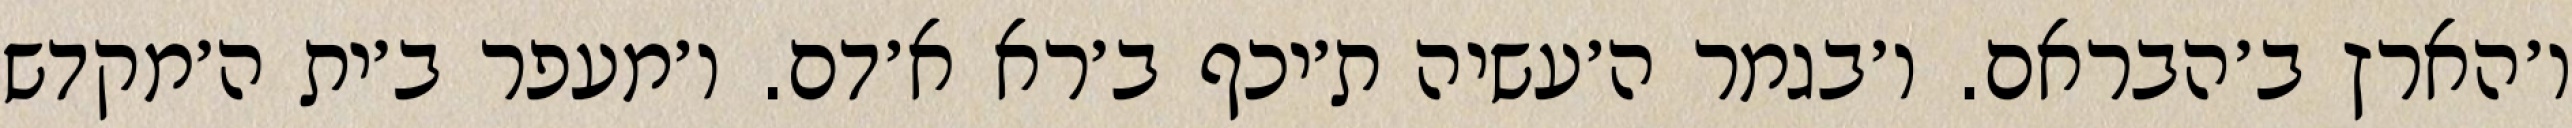
ו׳הארץ ב׳הבראם. ו׳בגמר ה׳עשיה ת׳יכף ב׳רא א׳דם. ו׳מעפר ב׳ית ה׳מקדש